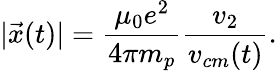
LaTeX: |\vec{x}(t)|=\frac{\mu_{0}e^{2}}{4\pi m_{p}}\frac{v_{2}}{v_{cm}(t)}.